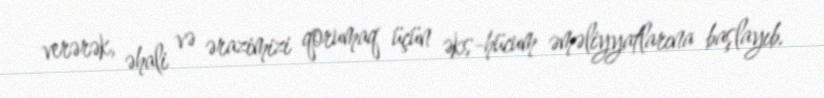
verərək, əhali və ərazimizi qorumaq üçün əks-hücum əməliyyatlarına başlayıb.